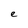
Character: e